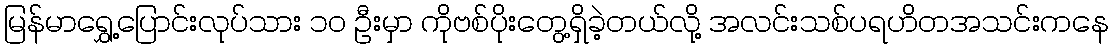
မြန်မာရွှေ့ပြောင်းလုပ်သား ၁၀ ဦးမှာ ကိုဗစ်ပိုးတွေ့ရှိခဲ့တယ်လို့ အလင်းသစ်ပရဟိတအသင်းကနေ